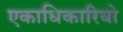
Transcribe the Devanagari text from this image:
एकाधिकारियो